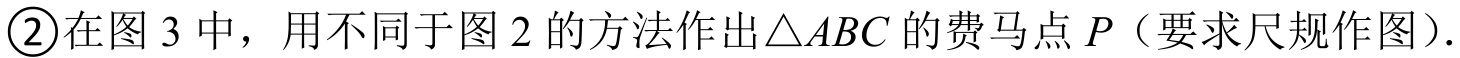
\textcircled{2}在图 3 中，用不同于图 2 的方法作出\(\triangle ABC\)的费马点\(P\)（要求尺规作图）．